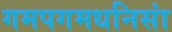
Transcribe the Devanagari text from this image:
गमपगमधनिसां